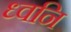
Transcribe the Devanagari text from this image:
ध्‍वनि